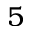
5